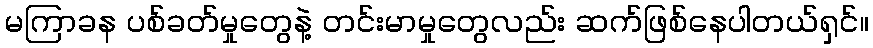
မကြာခန ပစ်ခတ်မှုတွေနဲ့ တင်းမာမှုတွေလည်း ဆက်ဖြစ်နေပါတယ်ရှင်။